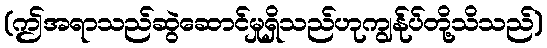
(ဤအရာသည်ဆွဲဆောင်မှုရှိသည်ဟုကျွန်ုပ်တို့သိသည်)